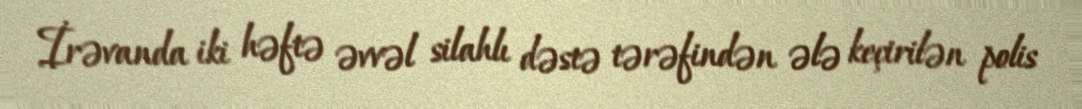
İrəvanda iki həftə əvvəl silahlı dəstə tərəfindən ələ keçirilən polis